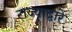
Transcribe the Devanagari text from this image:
राज्याद्वारे